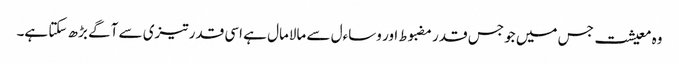
وہ معیشت جس میں جو جس قدر مضبوط اور وساءل سے مالامال ہے اسی قدر تیزی سے آگے بڑھ سکتا ہے۔